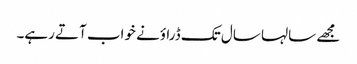
مجھے سالہا سال تک ڈراؤنے خواب آتے رہے۔